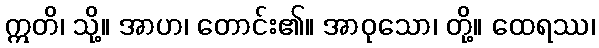
ဣတိ၊ သို့။ အာဟ၊ တောင်း၏။ အာဝုသော၊ တို့။ ထေရဿ၊